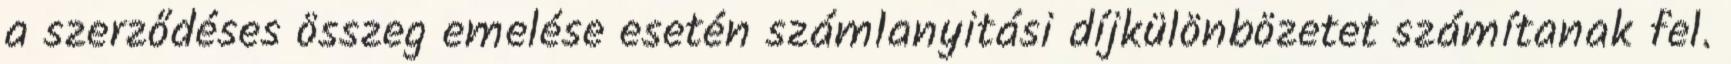
a szerződéses összeg emelése esetén számlanyitási díjkülönbözetet számítanak fel.